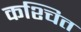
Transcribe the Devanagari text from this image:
कश्चित